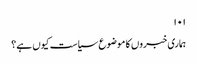
۱۰۱
ہماری خبروں کا موضوع سیاست کیوں ہے؟